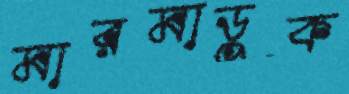
মারমাডুক